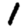
Digit: 1